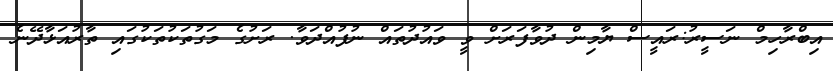
އިބްރާހިމް ނަސީރު:ރައީސް ޔާމިން ދުވާފަރަށް ވީ ވައުދުތައް ނުފުއްދަވާ. ރަށުގެ މަގުތަކުތަކުގައި ތާރުއަޅާދޭނެ